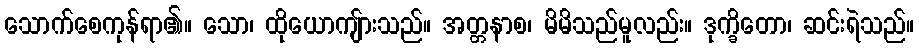
သောက်စေကုန်ရာ၏။ သော၊ ထိုယောကျ်ားသည်။ အတ္တနာစ၊ မိမိသည်မူလည်း။ ဒုက္ခိတော၊ ဆင်းရဲသည်။